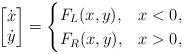
LaTeX: \begin{align*}\begin{bmatrix} \dot{x} \\ \dot{y} \end{bmatrix} =\begin{cases}F_L(x,y), & x < 0, \\F_R(x,y), & x > 0, \end{cases}\end{align*}